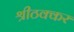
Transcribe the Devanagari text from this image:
श्रीठक्कर